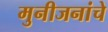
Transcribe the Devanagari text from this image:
मुनीजनांचे